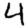
Digit: 4